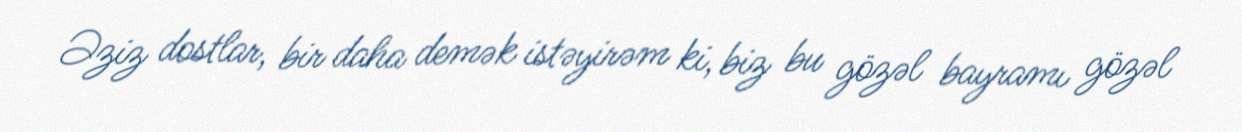
Əziz dostlar, bir daha demək istəyirəm ki, biz bu gözəl bayramı gözəl